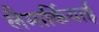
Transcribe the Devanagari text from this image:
लैमार्कियाई